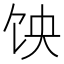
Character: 𱃵